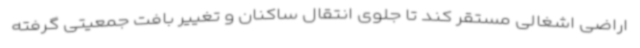
اراضی اشغالی مستقر کند تا جلوی انتقال ساکنان و تغییر بافت جمعیتی گرفته